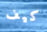
كيف